Vaccination North-Western Provinces and Oudh 1896-1901 - 1896-1901
Year: 1896
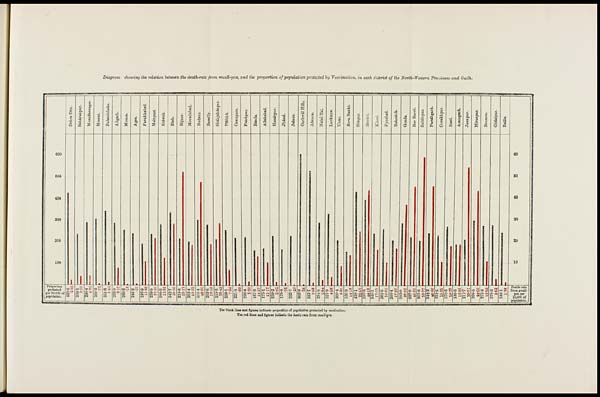
Diagram showing the relation between the death-rate from small-pox, and the proportion of population protected by Vaccination, in each district of the North-Western Provinces and Oudh.
The black lines and figures indicate proportion of population protected by vaccination.
The red lines and figures indicate the death-rate from small-pox.